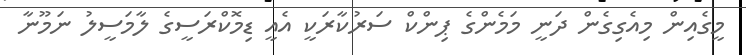
މީގެއިން މިއެގިގެން ދަނީ މަމެންގެ ޕިންކް ސަރުކާރަކީ އެއީ ޑިމޮކްރަސީގެ ލާމަސީލު ނަމޫނާ